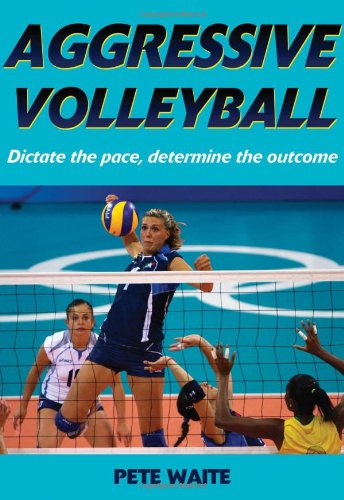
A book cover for Aggressive Volleyball; Pete Waite; Sports & Outdoors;